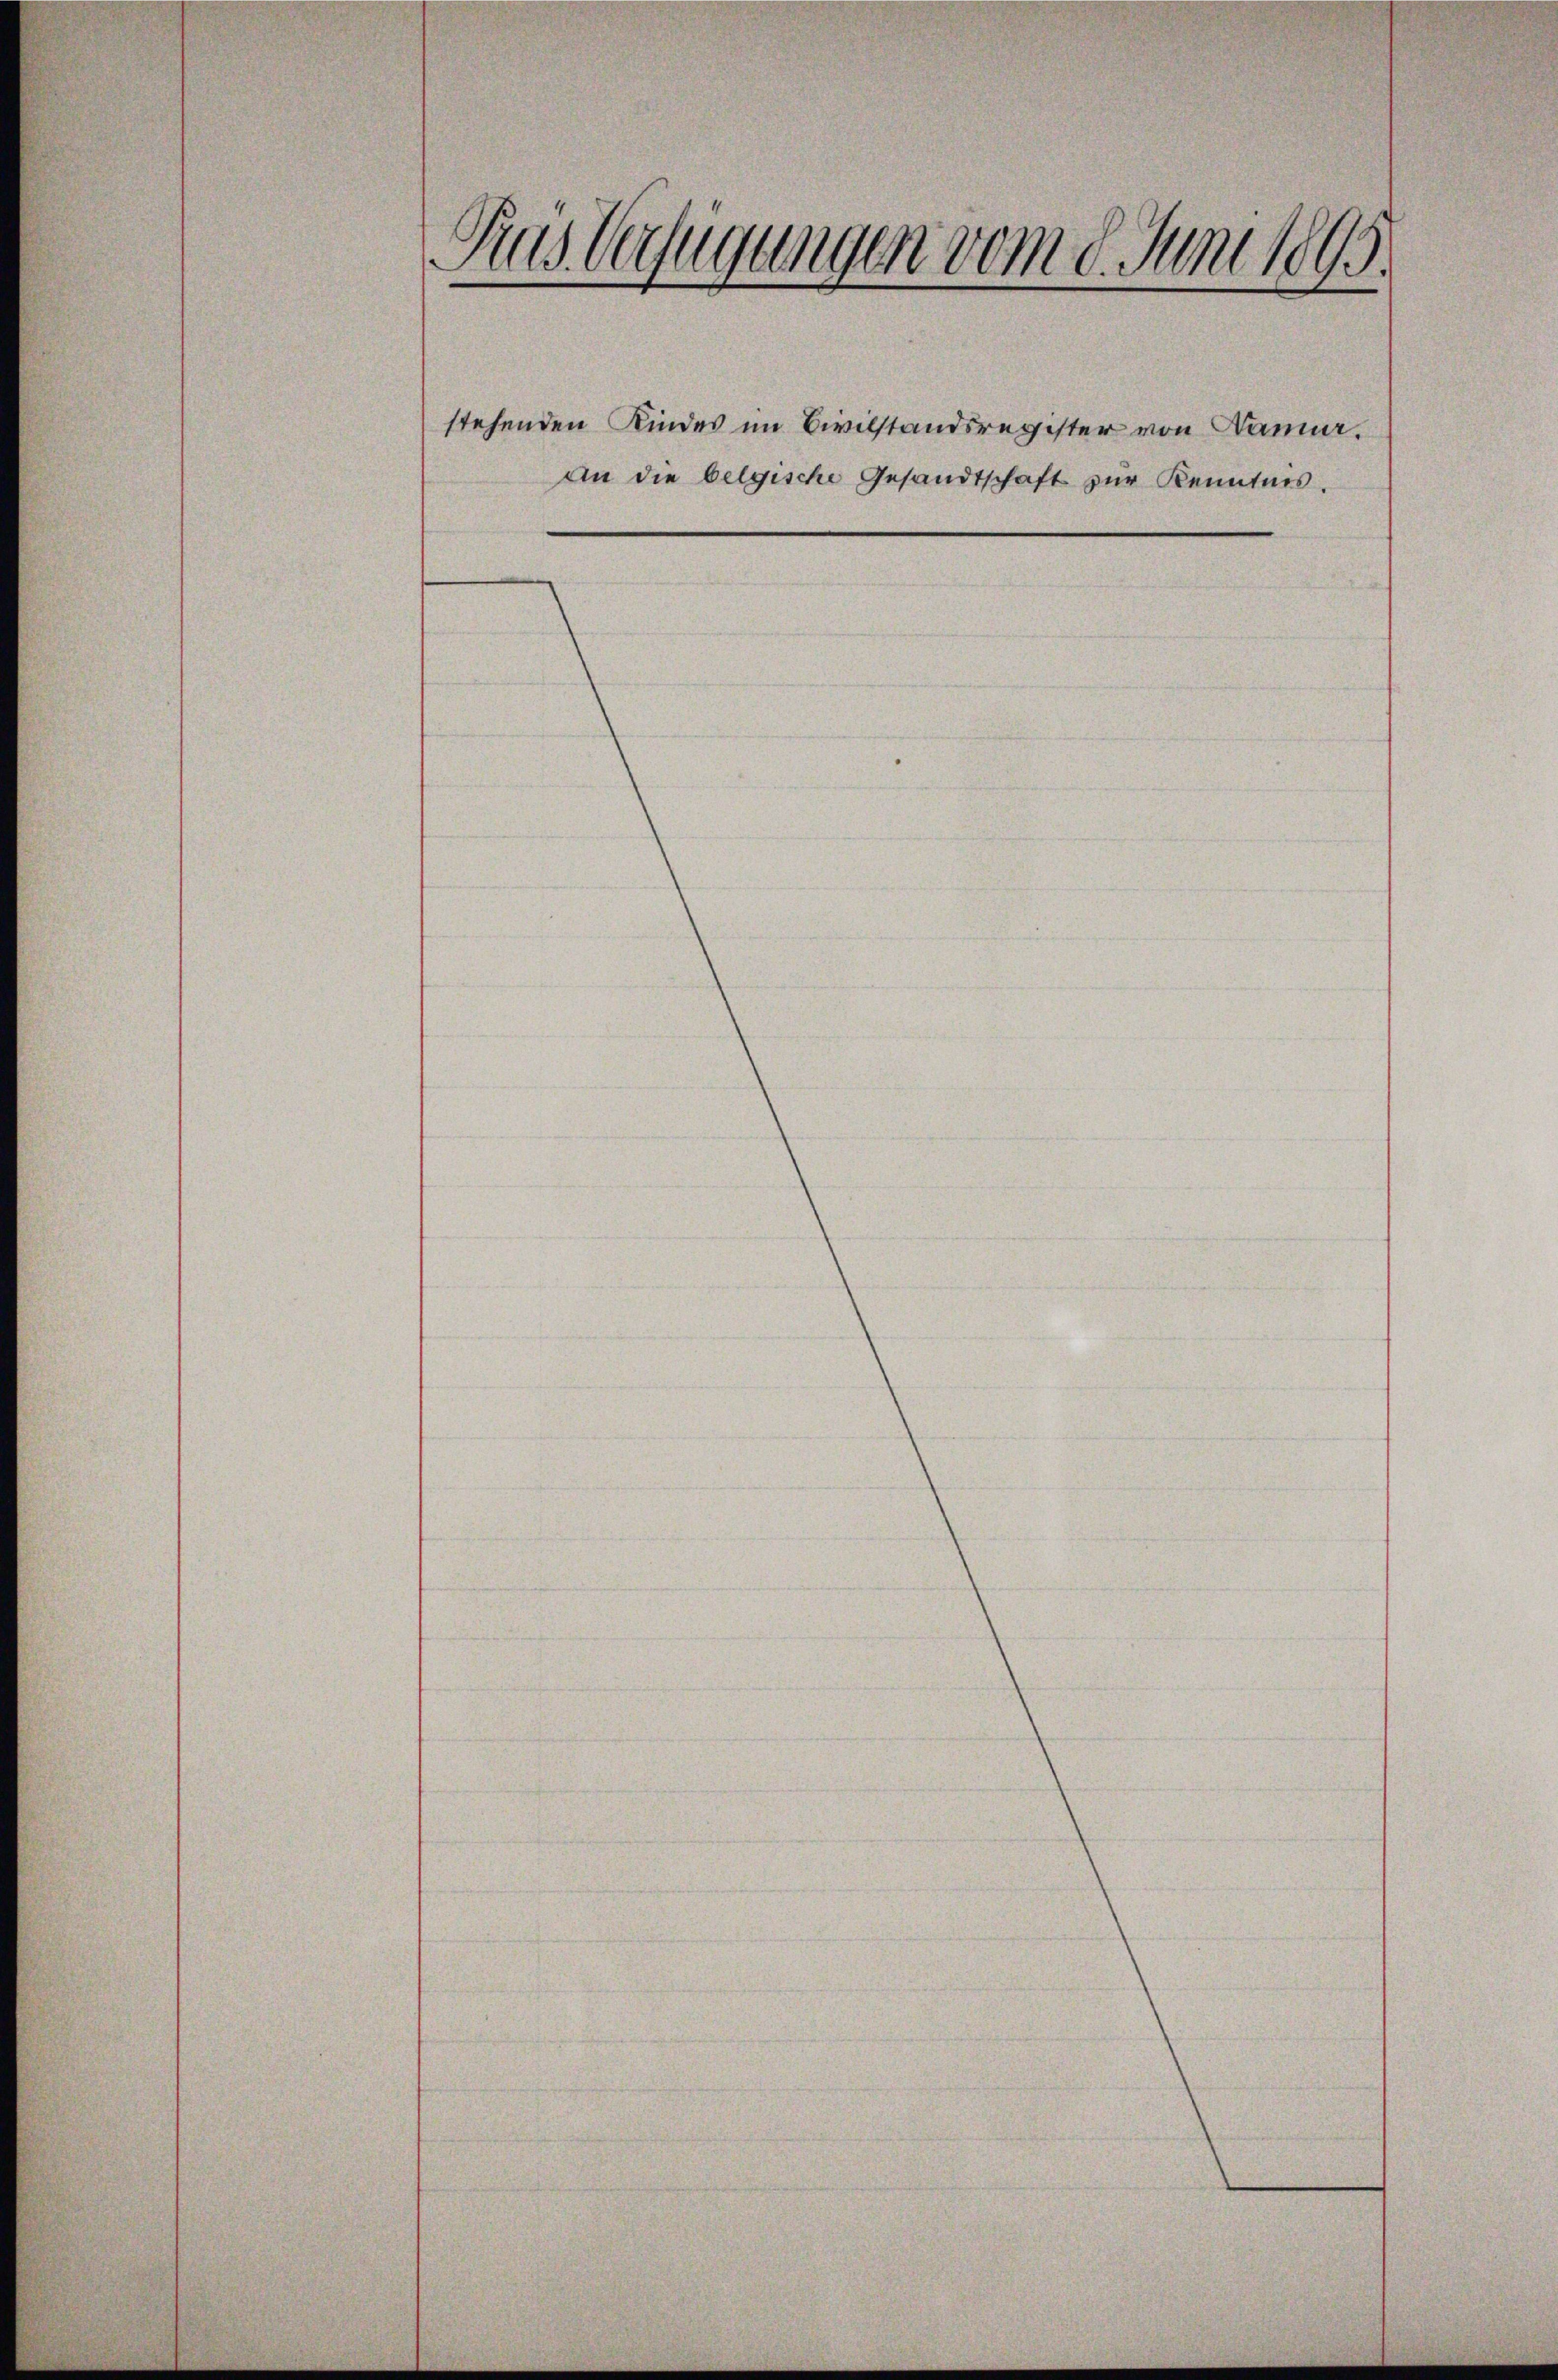
Dus Verfügungen vom 8. Juni 1895.
stehenden Kindes im Civilstandsregister von Danne.
An die belgische Gesandtschaft zŭr Kenntnis.